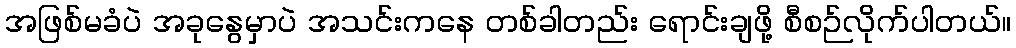
အဖြစ်မခံပဲ အခုနွေမှာပဲ အသင်းကနေ တစ်ခါတည်း ရောင်းချဖို့ စီစဉ်လိုက်ပါတယ်။